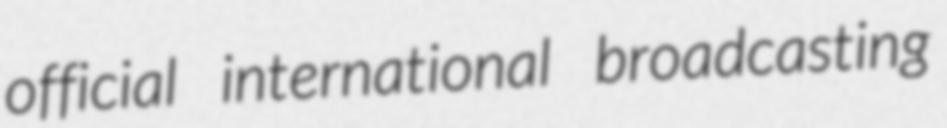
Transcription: official international broadcasting